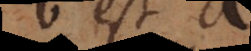
b est a